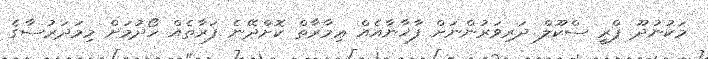
މަކުނުދޫ ޕްރީ ސްކޫލް ދަރިވަރުންނަށް ފާޚާނާއެއް ޢިމާރާތް ކޮށްދޭނެ ފަރާތެއް ހޯދުމަށް މިމަދަރުސާގެ